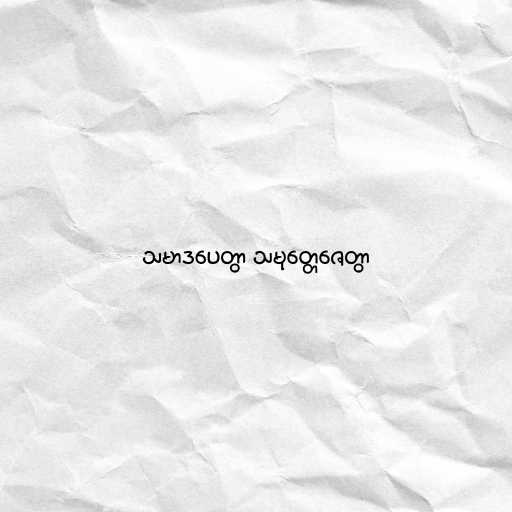
သမာဒပေတွာ သမုတ္တေဇေတွာ